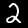
Label: 2